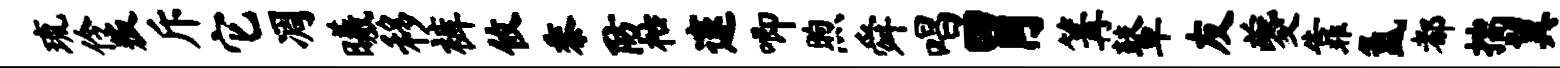
琉伶叛斥它凋曦移裤攸黍防枯邃唧煦舜唱胃篝鼙友夔靠氲都揣翼